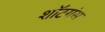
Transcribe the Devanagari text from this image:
शॉटगंस